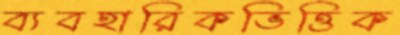
ব্যবহারিকভিত্তিক